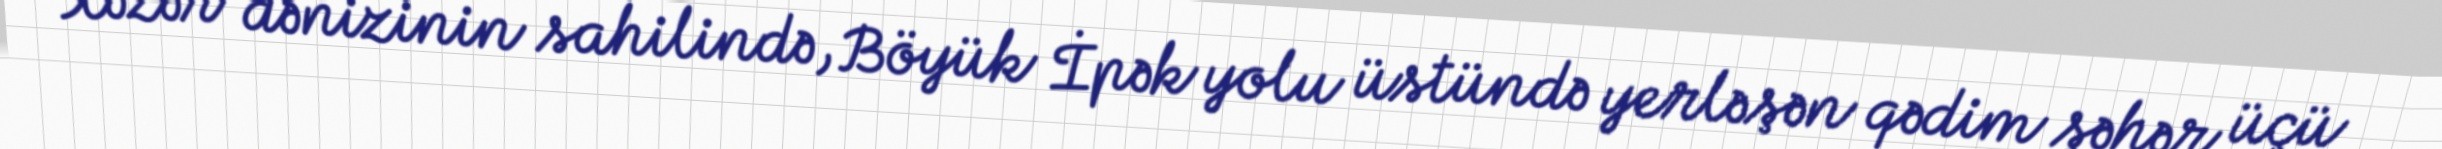
Xəzər dənizinin sahilində, Böyük İpək yolu üstündə yerləşən qədim şəhər üçü